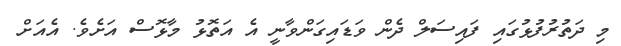
މި ދަތުރުފުޅުގައި ފައިސަލް ދެން ވަޑައިގަންވާނީ އެ އަތޮޅު މާޅޮސް އަށެވެ. އެއަށް